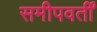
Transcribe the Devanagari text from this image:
समीपवर्तीं